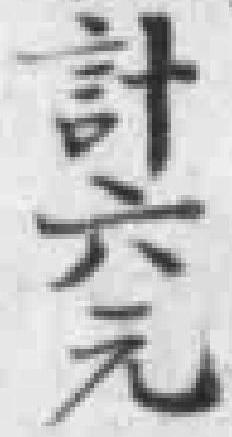
計六元